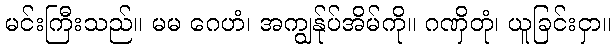
မင်းကြီးသည်။ မမ ဂေဟံ၊ အကျွန်ုပ်အိမ်ကို။ ဂဏှိတုံ၊ ယူခြင်းငှာ။